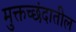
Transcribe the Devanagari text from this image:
मुक्तच्छंदातील